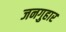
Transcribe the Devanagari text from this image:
जनगुहार